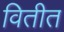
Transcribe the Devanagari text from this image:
वितीत